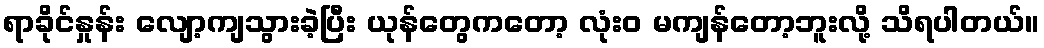
ရာခိုင်နှုန်း လျော့ကျသွားခဲ့ပြီး ယုန်တွေကတော့ လုံးဝ မကျန်တော့ဘူးလို့ သိရပါတယ်။